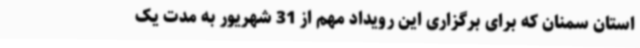
استان سمنان که برای برگزاری این رویداد مهم از 31 شهریور به مدت یک